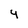
Character: 4